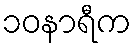
၁၀နာရီက